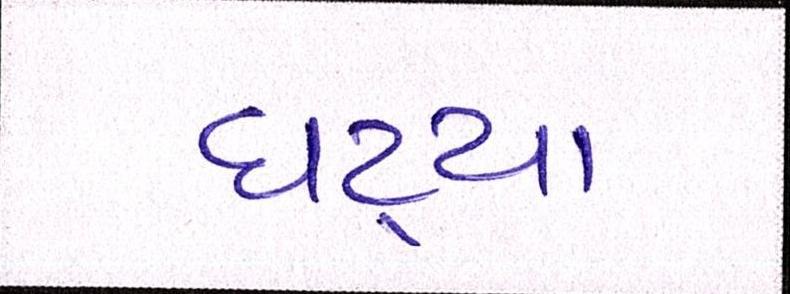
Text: ઘટ્યા